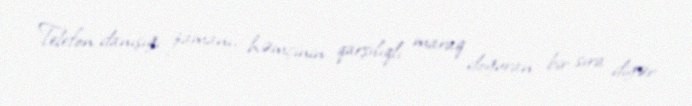
Telefon danışığı zamanı, həmçinin qarşılıqlı maraq doğuran bir sıra digər